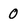
Character: 0